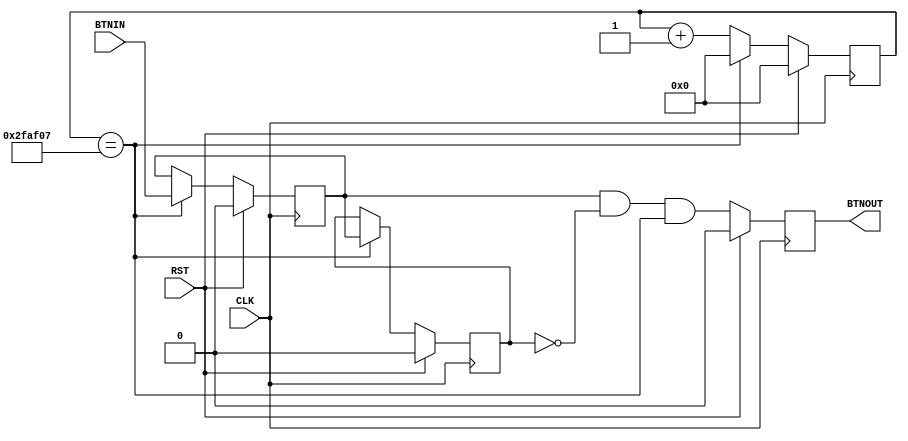
module debounce (
    input       CLK,
    input       RST,
    input       BTNIN,
    output  reg BTNOUT
);

// 125MHz40Hz
reg [21:0] cnt22;

wire en40hz = (cnt22==22'd3125000-1);

always @( posedge CLK ) begin
    if ( RST )
        cnt22 <= 22'h0;
    else if ( en40hz )
        cnt22 <= 22'h0;
    else
        cnt22 <= cnt22 + 22'h1;
end

// FF2
reg ff1, ff2;

always @( posedge CLK ) begin
    if ( RST ) begin
        ff1 <= 1'b0;
        ff2 <= 1'b0;
    end
    else if ( en40hz ) begin
        ff2 <= ff1;
        ff1 <= BTNIN;
    end
end

// FF
wire temp = ff1 & ~ff2 & en40hz;

always @( posedge CLK ) begin
    if ( RST )
        BTNOUT <= 1'b0;
    else
        BTNOUT <= temp;
end

endmodule